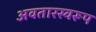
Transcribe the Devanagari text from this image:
अवतारस्वरूप